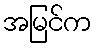
အမြင်က